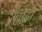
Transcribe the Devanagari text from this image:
चोंद्रो